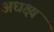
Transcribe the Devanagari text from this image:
अधक्ष्य